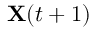
\mathbf { X } ( t + 1 )